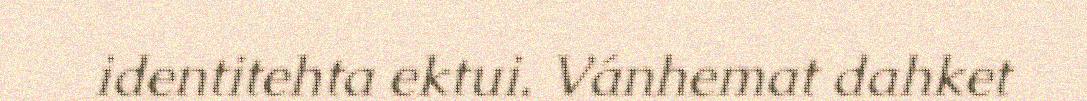
identitehta ektui. Vánhemat dahket